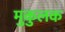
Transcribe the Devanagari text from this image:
मुकुलक